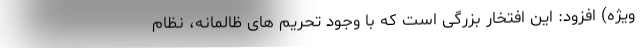
ویژه) افزود: این افتخار بزرگی است که با وجود تحریم های ظالمانه، نظام